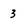
Character: 3